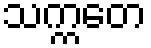
သက္ကတေ